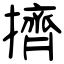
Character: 擠